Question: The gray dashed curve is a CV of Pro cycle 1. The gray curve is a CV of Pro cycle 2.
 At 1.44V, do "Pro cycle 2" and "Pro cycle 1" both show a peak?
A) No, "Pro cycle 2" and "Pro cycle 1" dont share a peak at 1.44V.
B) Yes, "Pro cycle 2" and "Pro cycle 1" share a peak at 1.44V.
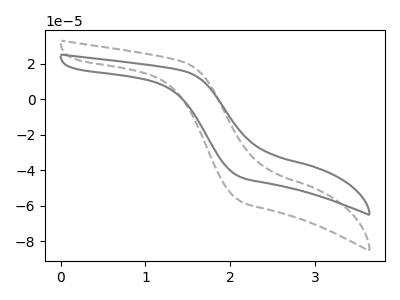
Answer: <think>The gray dashed curve "Pro cycle 1" has no peaks. The gray curve "Pro cycle 2" has no peaks.</think>
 <answer>A) No, "Pro cycle 2" and "Pro cycle 1" dont share a peak at 1.44V.</answer>
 <eval>A</eval>